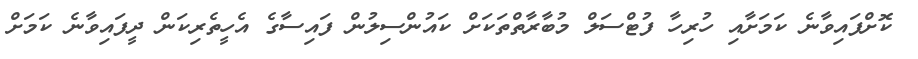
ކޮށްފައިވާނެ ކަމަށާއި ހުރިހާ ފުޓްސަލް މުބާރާތްތަކަށް ކައުންސިލުން ފައިސާގެ އެހީތެރިކަން ދީފައިވާނެ ކަމަށް